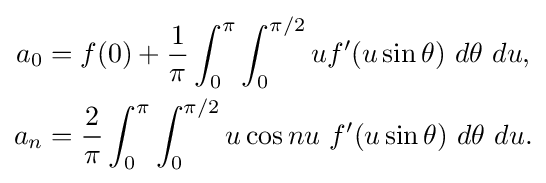
{\begin{aligned}a_{0}&=f(0)+{\frac {1}{\pi }}\int _{0}^{\pi }\int _{0}^{\pi /2}uf'(u\sin \theta )\ d\theta \ du,\\a_{n}&={\frac {2}{\pi }}\int _{0}^{\pi }\int _{0}^{\pi /2}u\cos nu\ f'(u\sin \theta )\ d\theta \ du.\end{aligned}}